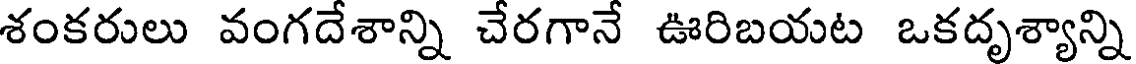
శంకరులు వంగదేశాన్ని చేరగానే ఊరిబయట ఒకదృశ్యాన్ని